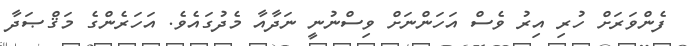
ފެންވަރަށް ހުރި އިރު ވެސް އަހަންނަށް ވިސްނުނީ ނަދާއާ މެދުގައެވެ. އަހަރެންގެ މަޤްޞަދާ